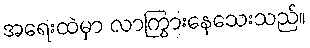
အရေးထဲမှာ လာကြွားနေသေးသည်။